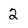
Character: 2